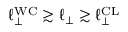
\ell _ { \perp } ^ { \mathrm { W C } } \gtrsim \ell _ { \perp } \gtrsim \ell _ { \perp } ^ { \mathrm { C L } }